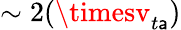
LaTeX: \sim2(\timesv_{t\mathsf{a}})